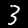
Label: 3